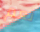
نعم